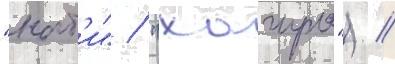
"нат'и" / "хагуро") /